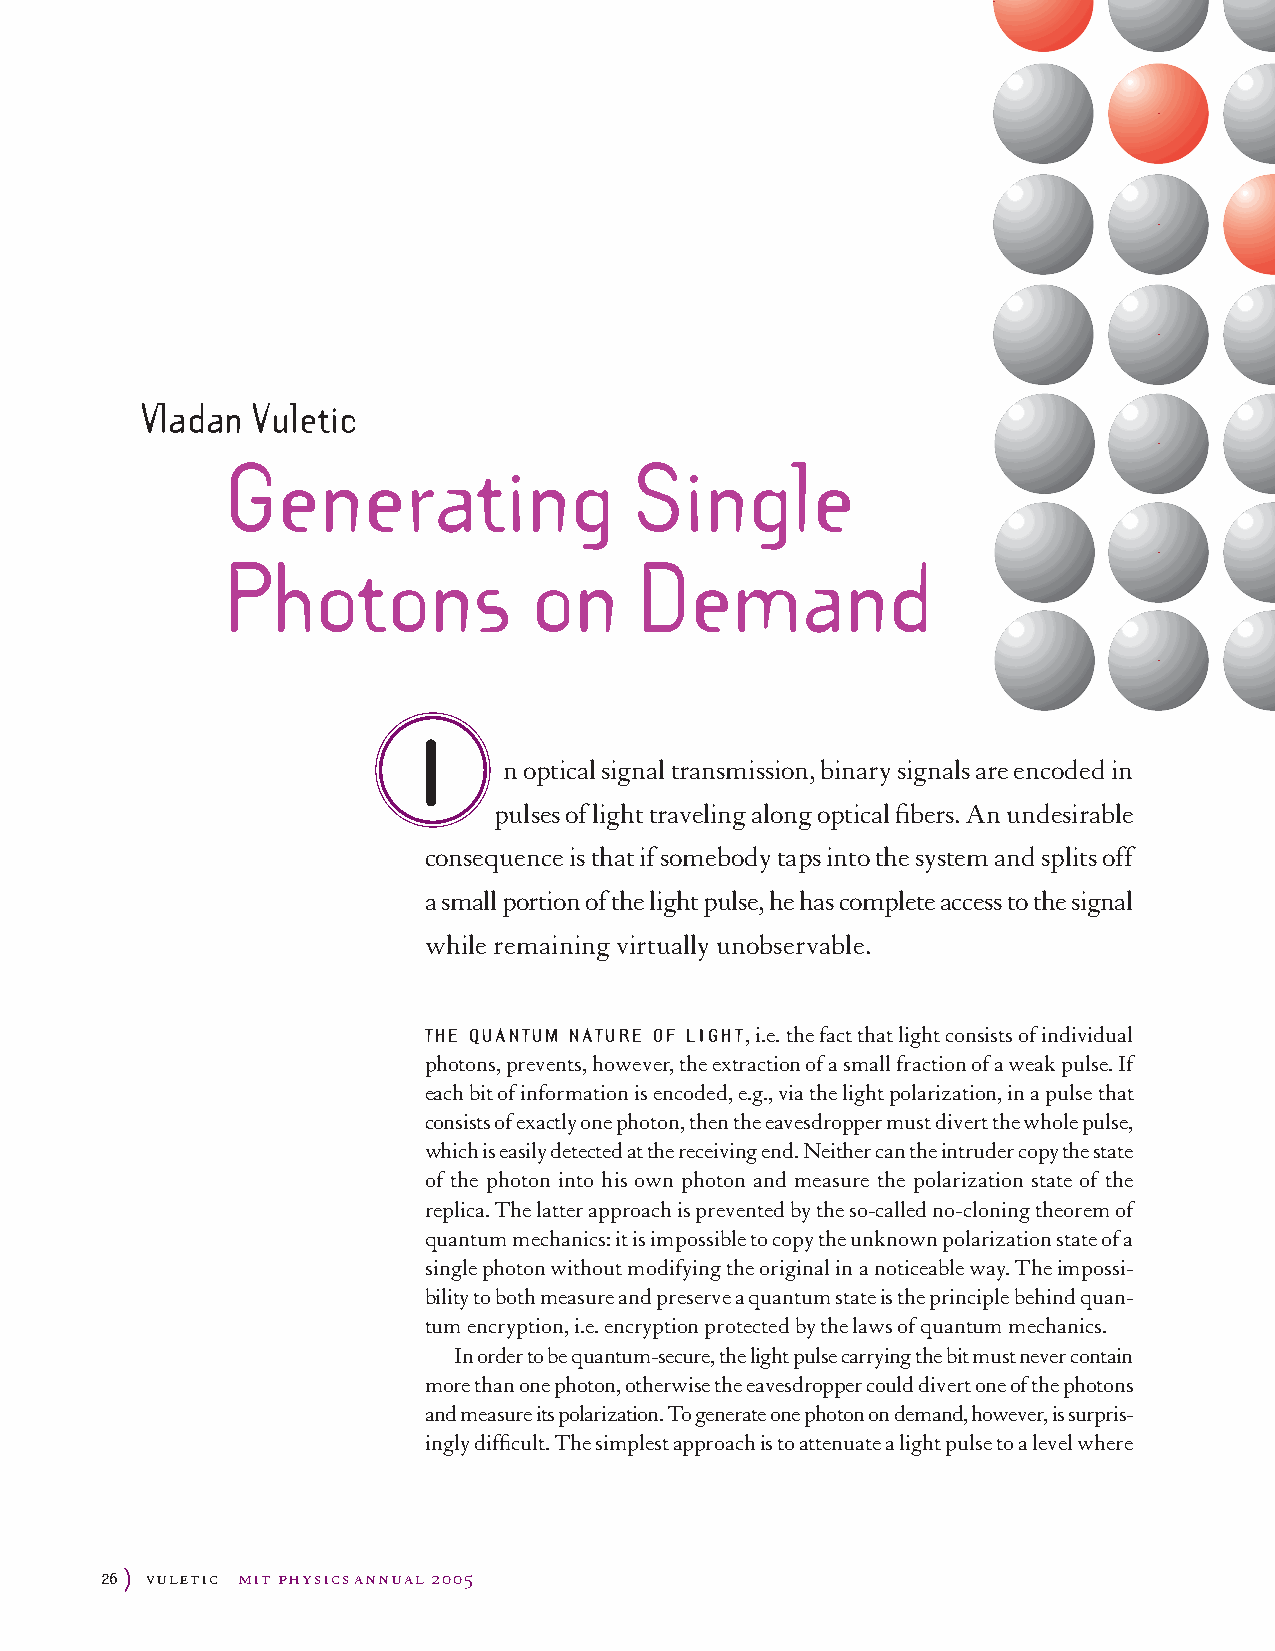
Vladan  Vuletic
 Generating                 Single
 Photons             on     Demand
 I
 n optical signal transmission, binary signals are encoded in
 pulses of light traveling along optical fibers. An undesirable
 consequence is that if somebody taps into the system and splits off
 a small portion of the light pulse, he has complete access to the signal
 while remaining virtually unobservable.
 THE QUANTUM NATURE OF LIGHT, i.e. the fact that light consists of individual
 photons, prevents, however, the extraction of a small fraction of a weak pulse. If
 each bit of information is encoded, e.g., via the light polarization, in a pulse that
 consists of exactlyone photon, then the eavesdropper must divert the whole pulse,
 which is easilydetected at the receiving end. Neither can the intruder copythe state
 of the photon into his own photon and measure the polarization state of the
 replica. The latter approach is prevented bythe so-called no-cloning theorem of
 quantum mechanics: it is impossible to copythe unknown polarization state of a
 single photon without modifying the original in a noticeable way. The impossi-
 bilityto both measure and preserve a quantum state is the principle behind quan-
 tum encryption, i.e. encryption protected bythe laws of quantum mechanics.
 In order to be quantum-secure, the light pulse carrying the bit must never contain
 more than one photon, otherwise the eavesdropper could divert one of the photons
 and measure its polarization. To generate one photon on demand, however, is surpris-
 ingly difficult. The simplest approach is to attenuate a light pulse to a level where
 26)
 vuletic mit physicsannual 2005